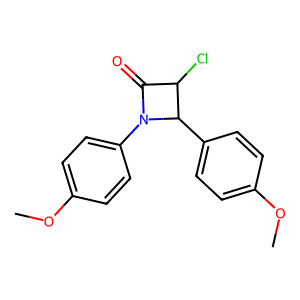
SMILES: COc1ccc(C2C(Cl)C(=O)N2c2ccc(OC)cc2)cc1
Inhibits HIV replication: No